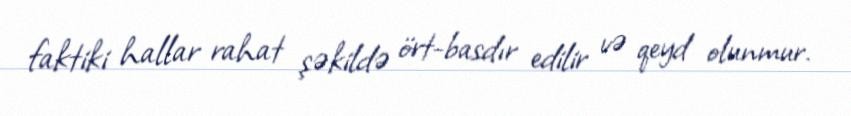
faktiki hallar rahat şəkildə ört-basdır edilir və qeyd olunmur.